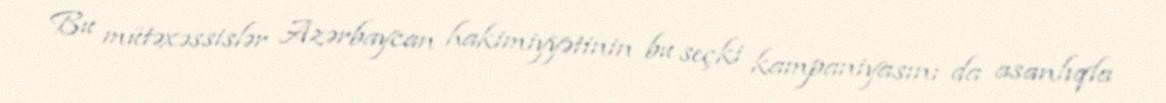
Bu mütəxəssislər Azərbaycan hakimiyyətinin bu seçki kampaniyasını da asanlıqla